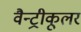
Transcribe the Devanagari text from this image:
वैन्ट्रीकूलर